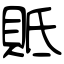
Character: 貾